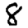
Digit: 8